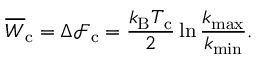
\overline { { W } } _ { \mathrm { c } } = \Delta \mathcal { F } _ { \mathrm { c } } = \frac { k _ { \mathrm { B } } T _ { \mathrm { c } } } { 2 } \ln \frac { k _ { \mathrm { m a x } } } { k _ { \mathrm { m i n } } } .